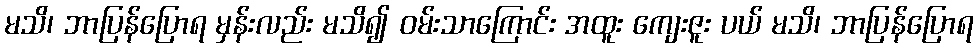
မသိ၊ ဘာပြန်ပြောရ မှန်းလည်း မသိ၍ ဝမ်းသာကြောင်း အထူး ကျေးဇူး ပယ် မသိ၊ ဘာပြန်ပြောရ